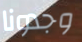
وجدونا